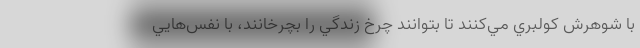
با شوهرش كولبري مي‌كنند تا بتوانند چرخ زندگي را بچرخانند، با نفس‌هايي